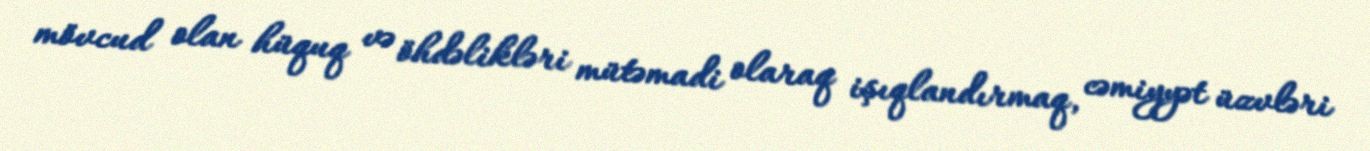
mövcud olan hüquq və öhdəlikləri mütəmadi olaraq işıqlandırmaq, cəmiyyət üzvləri